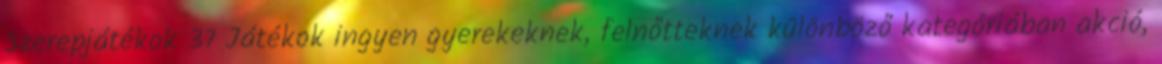
Szerepjátékok 37 Játékok ingyen gyerekeknek, felnőtteknek különböző kategóriában akció,